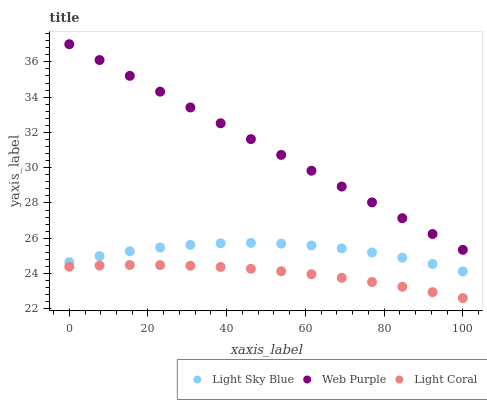
| xaxis_label | Light Sky Blue | Web Purple | Light Coral |
 | --- | --- | --- | --- |
 | 0 | 24.6 | 37 | 24.4 |
 | 7.69 | 25 | 36.1 | 24.5 |
 | 15.4 | 25.3 | 35.2 | 24.5 |
 | 23.1 | 25.5 | 34.3 | 24.5 |
 | 30.8 | 25.6 | 33.4 | 24.4 |
 | 38.5 | 25.7 | 32.5 | 24.4 |
 | 46.2 | 25.7 | 31.6 | 24.3 |
 | 53.8 | 25.7 | 30.7 | 24.1 |
 | 61.5 | 25.6 | 29.8 | 24 |
 | 69.2 | 25.4 | 28.9 | 23.8 |
 | 76.9 | 25.2 | 28 | 23.5 |
 | 84.6 | 24.9 | 27.1 | 23.3 |
 | 92.3 | 24.5 | 26.2 | 22.9 |
 | 100 | 24.1 | 25.3 | 22.6 |